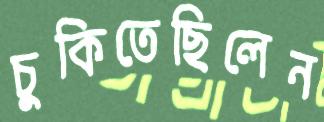
চুকিতেছিলেন